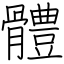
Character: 體